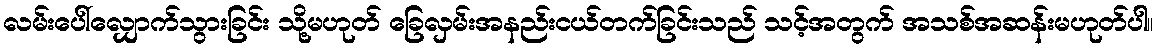
လမ်းပေါ်လျှောက်သွားခြင်း သို့မဟုတ် ခြေလှမ်းအနည်းငယ်တက်ခြင်းသည် သင့်အတွက် အသစ်အဆန်းမဟုတ်ပါ။